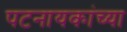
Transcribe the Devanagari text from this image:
पटनायकांच्या